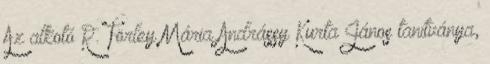
Az alkotó R. Törley Mária Andrássy Kurta János tanítványa,